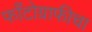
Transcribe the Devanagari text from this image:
फाँटोग्राफीचा